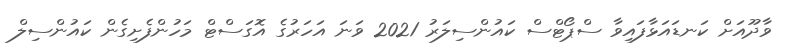
ވާދޫއަށް ކަނޑައަޅާފައިވާ ސްޕޯޓްސް ކައުންސިލަރު 2021 ވަނަ އަހަރުގެ އޮގަސްޓް މަހުންފެށިގެން ކައުންސިލް